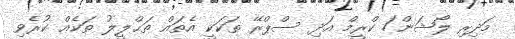
މަދިރި ލޯޝަން/ ކްރީމް އަދި ސްޕްރޭ ތަކަކީ އެތައް ތަޙްލީލު ތަކެއް ކުރެވި